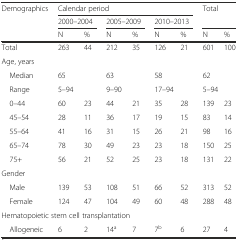
<table><thead><tr><td rowspan="3"><b>Demographics</b></td><td colspan="6"><b>Calendar period</b></td><td rowspan="2" colspan="2"><b>Total</b></td></tr><tr><td colspan="2"><b>2000–2004</b></td><td colspan="2"><b>2005–2009</b></td><td colspan="2"><b>2010–2013</b></td></tr><tr><td><b>N</b></td><td><b>%</b></td><td><b>N</b></td><td><b>%</b></td><td><b>N</b></td><td><b>%</b></td><td><b>N</b></td><td><b>%</b></td></tr></thead><tbody><tr><td>Total</td><td>263</td><td>44</td><td>212</td><td>35</td><td>126</td><td>21</td><td>601</td><td>100</td></tr><tr><td colspan="9">Age, years</td></tr><tr><td> Median</td><td colspan="2">65</td><td colspan="2">63</td><td colspan="2">58</td><td colspan="2">62</td></tr><tr><td> Range</td><td colspan="2">5–94</td><td colspan="2">9–90</td><td colspan="2">17–94</td><td colspan="2">5–94</td></tr><tr><td> 0–44</td><td>60</td><td>23</td><td>44</td><td>21</td><td>35</td><td>28</td><td>139</td><td>23</td></tr><tr><td> 45–54</td><td>28</td><td>11</td><td>36</td><td>17</td><td>19</td><td>15</td><td>83</td><td>14</td></tr><tr><td> 55–64</td><td>41</td><td>16</td><td>31</td><td>15</td><td>26</td><td>21</td><td>98</td><td>16</td></tr><tr><td> 65–74</td><td>78</td><td>30</td><td>49</td><td>23</td><td>23</td><td>18</td><td>150</td><td>25</td></tr><tr><td> 75+</td><td>56</td><td>21</td><td>52</td><td>25</td><td>23</td><td>18</td><td>131</td><td>22</td></tr><tr><td colspan="9">Gender</td></tr><tr><td> Male</td><td>139</td><td>53</td><td>108</td><td>51</td><td>66</td><td>52</td><td>313</td><td>52</td></tr><tr><td> Female</td><td>124</td><td>47</td><td>104</td><td>49</td><td>60</td><td>48</td><td>288</td><td>48</td></tr><tr><td colspan="9">Hematopoietic stem cell transplantation</td></tr><tr><td> Allogeneic</td><td>6</td><td>2</td><td>14<sup>a</sup></td><td>7</td><td>7<sup>b</sup></td><td>6</td><td>27</td><td>4</td></tr></tbody></table>